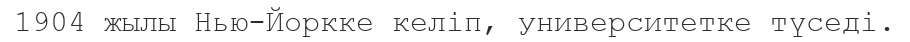
1904 жылы Нью-Йоркке келіп, университетке түседі.